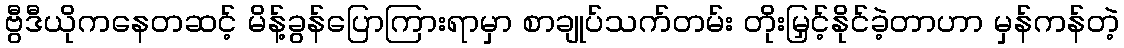
ဗွီဒီယိုကနေတဆင့် မိန့်ခွန်ပြောကြားရာမှာ စာချုပ်သက်တမ်း တိုးမြှင့်နိုင်ခဲ့တာဟာ မှန်ကန်တဲ့